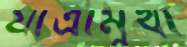
যাত্রামুখী